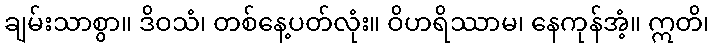
ချမ်းသာစွာ။ ဒိဝသံ၊ တစ်နေ့ပတ်လုံး။ ဝိဟရိဿာမ၊ နေကုန်အံ့။ ဣတိ၊